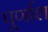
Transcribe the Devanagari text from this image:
पूर्णाश